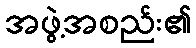
အဖွဲ့အစည်း၏